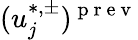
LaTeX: (u_{j}^{\ast,\pm})^{\mathrm{~p~r~e~v~}}